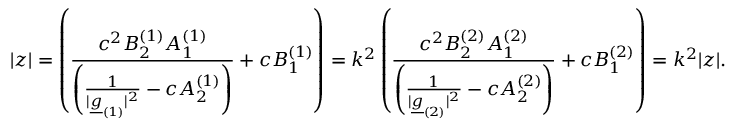
\vert z \vert = \left( \frac { c ^ { 2 } B _ { 2 } ^ { ( 1 ) } A _ { 1 } ^ { ( 1 ) } } { \left( \frac { 1 } { \vert \underline { { g } } _ { ( 1 ) } \vert ^ { 2 } } - c A _ { 2 } ^ { ( 1 ) } \right) } + c B _ { 1 } ^ { ( 1 ) } \right) = k ^ { 2 } \left( \frac { c ^ { 2 } B _ { 2 } ^ { ( 2 ) } A _ { 1 } ^ { ( 2 ) } } { \left( \frac { 1 } { \vert \underline { { g } } _ { ( 2 ) } \vert ^ { 2 } } - c A _ { 2 } ^ { ( 2 ) } \right) } + c B _ { 1 } ^ { ( 2 ) } \right) = k ^ { 2 } \vert z \vert .